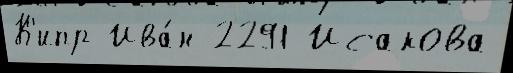
К'ипр Ива́н 2291 Исакова